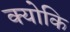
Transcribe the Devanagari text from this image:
क्‍योकि